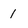
Character: 1